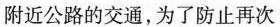
附近公路的交通，为了防止再次